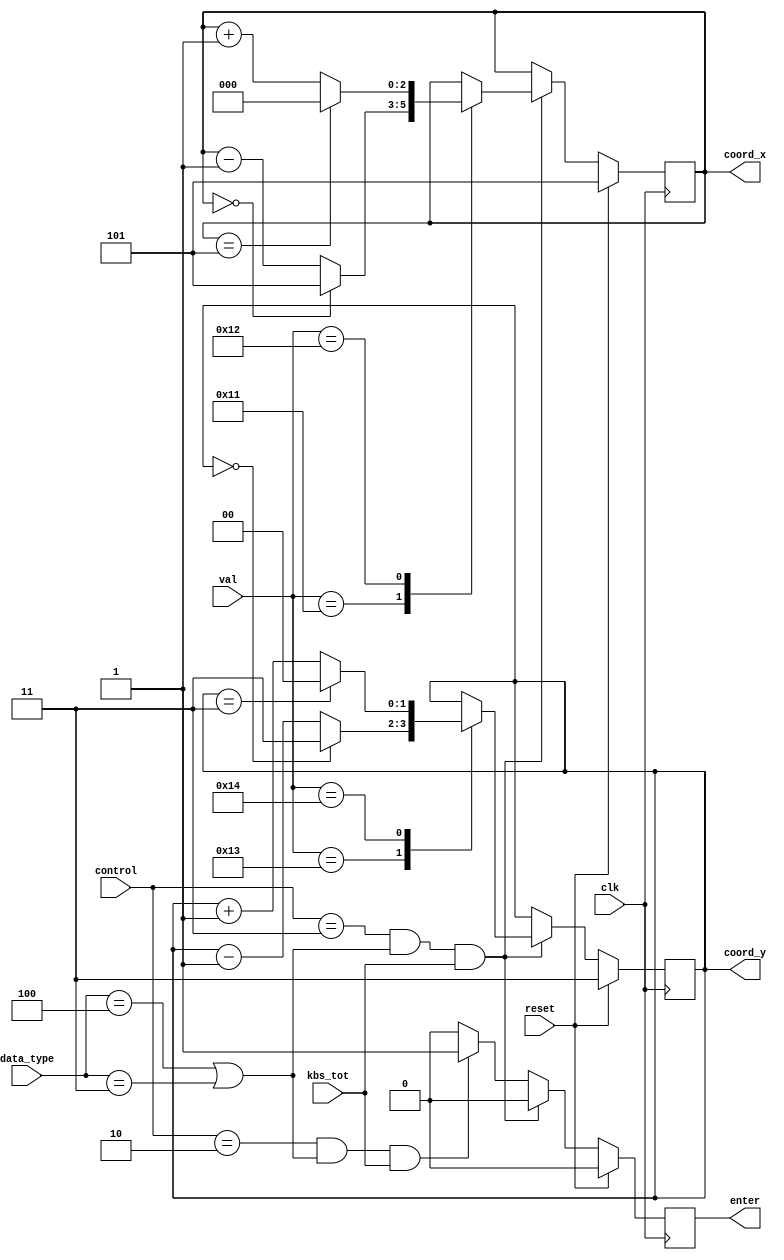
module cursor(
    input [4:0] val,
    input [2:0] control,
    input [2:0] data_type,
    input kbs_tot,
    input reset,
    input clk,
    output reg [2:0] coord_x,
    output reg [1:0] coord_y,
    output reg enter
);
    
reg [2:0] coord_xnext;
reg [1:0] coord_ynext;
reg enter_next;

    always@(posedge clk) begin
        if(reset)
        begin
            coord_x <= 3'd5;
            coord_y <= 2'd3;
            enter <= 1'b0;
        end
        else
        begin
            coord_x <= coord_xnext;
            coord_y <= coord_ynext;
            enter <= enter_next;
        end
    end
    
    always@(*)
    begin
        coord_xnext = coord_x;
        coord_ynext = coord_y;
        enter_next = 1'b0;
        //meti los cambios que sugirio el busta, con un pequenno detalle
        //se tiene que considerar el break code para especial y normal, no cacho por que pero
        //si no no funciona, estuve como una hora pegado con eso xdd
        if(control==3'd3 & (data_type == 3'b100 | data_type == 3'b011) & kbs_tot == 1'b1)
        begin
            case(val)
                5'd17: coord_xnext = (coord_x == 3'd0) ? 3'd5 : coord_x-3'd1;
                5'd18: coord_xnext = (coord_x == 3'd5) ? 3'd0 : coord_x+3'd1;
                5'd19: coord_ynext = (coord_y == 2'd0) ? 2'd3 : coord_y-2'd1;
                5'd20: coord_ynext = (coord_y == 2'd3) ? 2'd0 : coord_y+2'd1;
            endcase
        end
        //ademas annadi esto para que me avise cuando hay un enter, con una duracion de 1 clk
        else if(control == 3'd2 & (data_type == 3'b100 | data_type == 3'b011) & kbs_tot == 1'b1)
            enter_next = 1'b1;
    end
endmodule